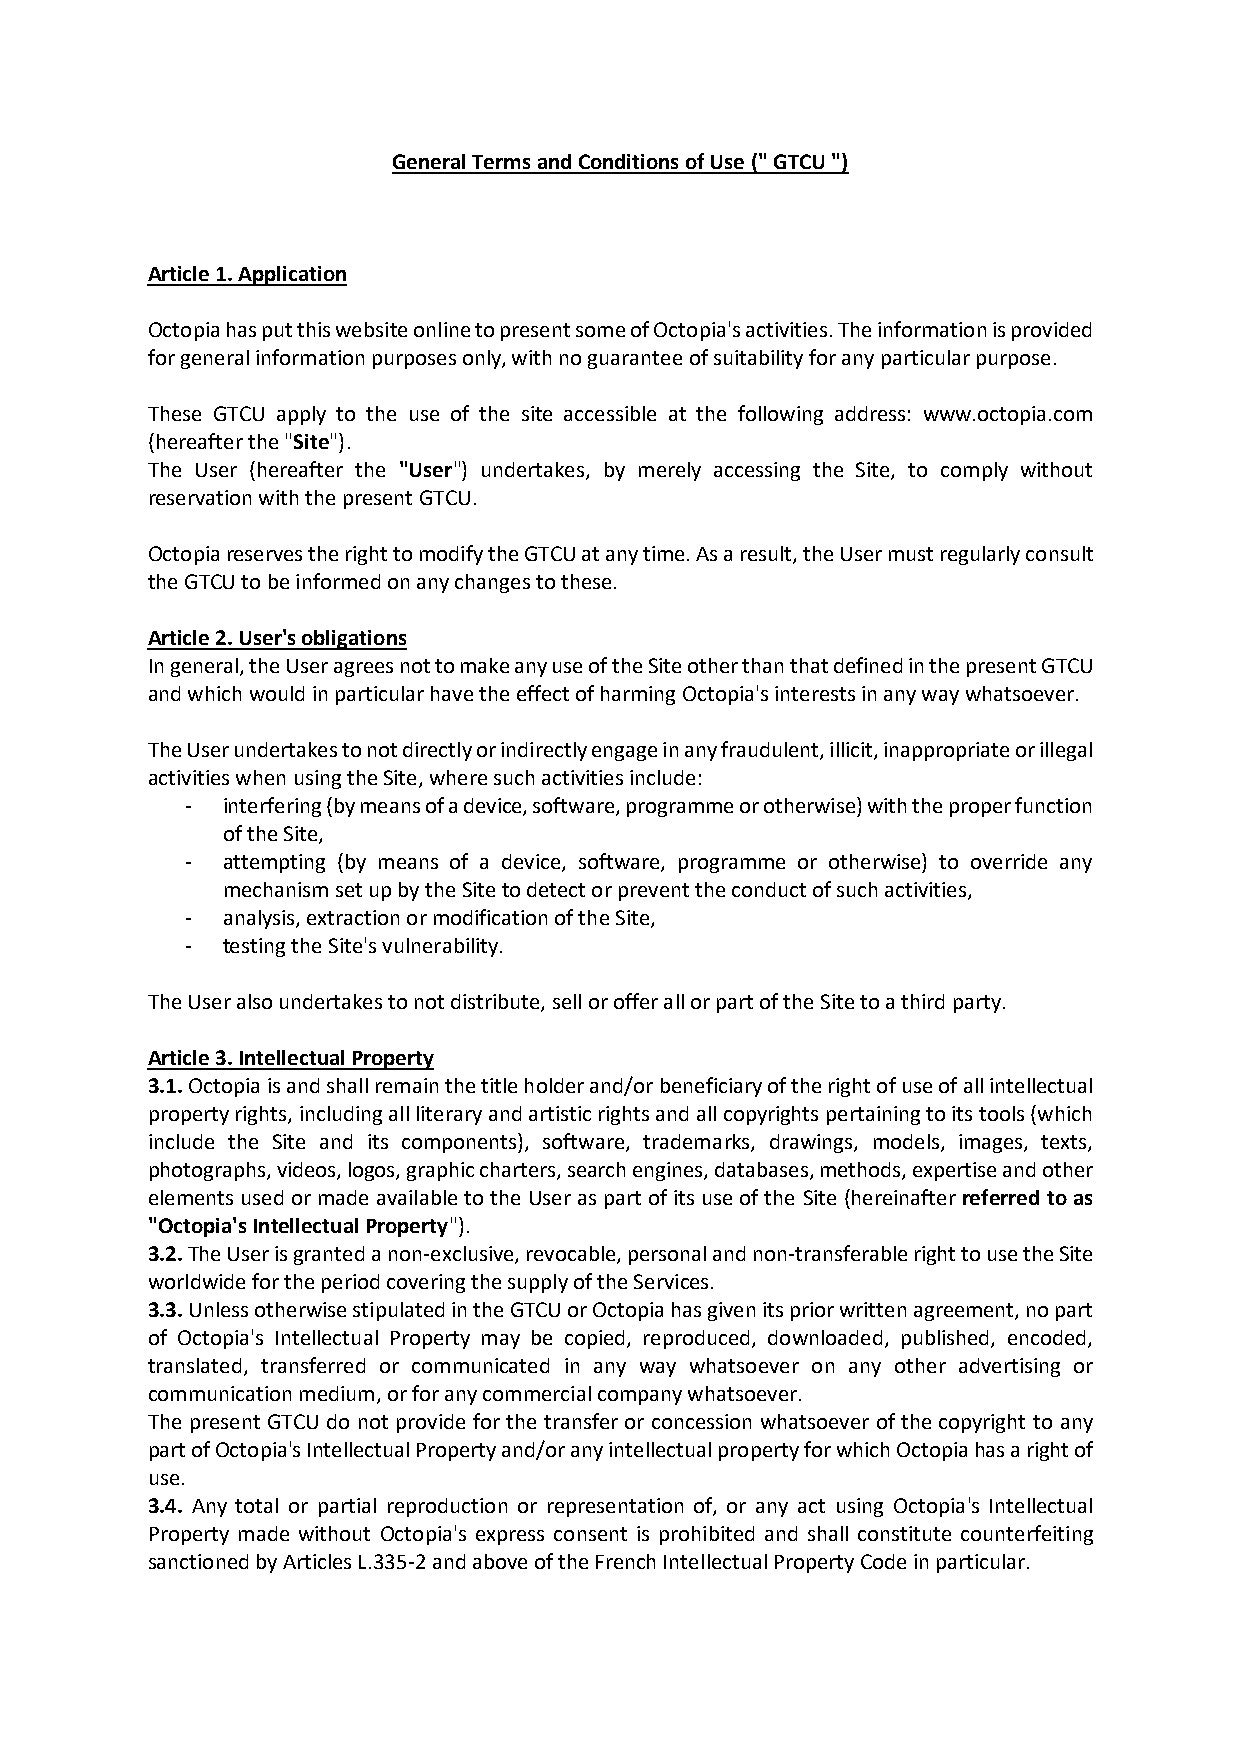
General Terms and Conditions of Use (" GTCU ")
 Article 1. Application
 Octopia has put this website online to present some of Octopia's activities. The information is provided
 for general information purposes only, with no guarantee of suitability for any particular purpose.
 These GTCU apply to the use of the site accessible at the following address: www.octopia.com
 (hereafter the "Site").
 The User (hereafter the "User") undertakes, by merely accessing the Site, to comply without
 reservation with the present GTCU.
 Octopia reserves the right to modify the GTCU at any time. As a result, the User must regularly consult
 the GTCU to be informed on any changes to these.
 Article 2. User's obligations
 In general, the User agrees not to make any use of the Site other than that defined in the present GTCU
 and which would in particular have the effect of harming Octopia's interests in any way whatsoever.
 The User undertakes to not directly or indirectly engage in any fraudulent, illicit, inappropriate or illegal
 activities when using the Site, where such activities include:
 -  interfering (by means of a device, software, programme or otherwise) with the proper function
 of the Site,
 -  attempting (by means of a device, software, programme or otherwise) to override any
 mechanism set up by the Site to detect or prevent the conduct of such activities,
 -  analysis, extraction or modification of the Site,
 -  testing the Site's vulnerability.
 The User also undertakes to not distribute, sell or offer all or part of the Site to a third party.
 Article 3. Intellectual Property
 3.1. Octopia is and shall remain the title holder and/or beneficiary of the right of use of all intellectual
 property rights, including all literary and artistic rights and all copyrights pertaining to its tools (which
 include the Site and its components), software, trademarks, drawings, models, images, texts,
 photographs, videos, logos, graphic charters, search engines, databases, methods, expertise and other
 elements used or made available to the User as part of its use of the Site (hereinafter referred to as
 "Octopia's Intellectual Property").
 3.2. The User is granted a non-exclusive, revocable, personal and non-transferable right to use the Site
 worldwide for the period covering the supply of the Services.
 3.3. Unless otherwise stipulated in the GTCU or Octopia has given its prior written agreement, no part
 of Octopia's Intellectual Property may be copied, reproduced, downloaded, published, encoded,
 translated, transferred or communicated in any way whatsoever on any other advertising or
 communication medium, or for any commercial company whatsoever.
 The present GTCU do not provide for the transfer or concession whatsoever of the copyright to any
 part of Octopia's Intellectual Property and/or any intellectual property for which Octopia has a right of
 use.
 3.4. Any total or partial reproduction or representation of, or any act using Octopia's Intellectual
 Property made without Octopia's express consent is prohibited and shall constitute counterfeiting
 sanctioned by Articles L.335-2 and above of the French Intellectual Property Code in particular.